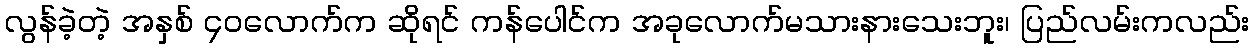
လွန်ခဲ့တဲ့ အနှစ် ၄၀လောက်က ဆိုရင် ကန်ပေါင်က အခုလောက်မသားနားသေးဘူး၊ ပြည်လမ်းကလည်း